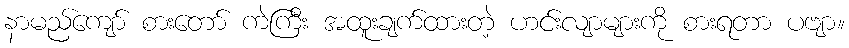
နာမည်ကျော် စားတော် ကဲကြီး အထူးချက်ထားတဲ့ ဟင်းလျာများကို စားရတာ ပဗျာ။